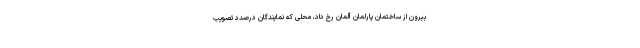
بیرون از ساختمان پارلمان آلمان رخ داد، محلی که نمایندگان درصدد تصویب